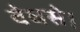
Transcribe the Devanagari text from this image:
वेधसे।